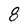
Character: 8